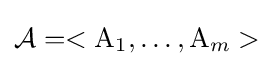
{\mathcal {A}}=<\mathrm {A} _{1},\dots ,\mathrm {A} _{m}>